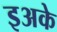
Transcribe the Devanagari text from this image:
इअके